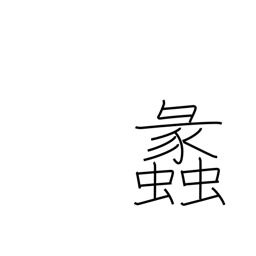
Meaning: conch